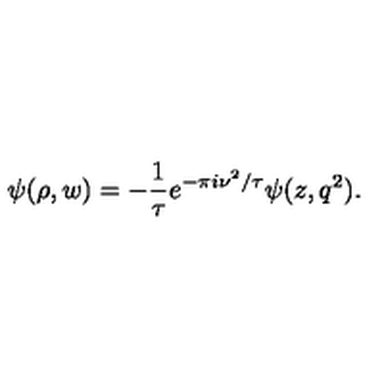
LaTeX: \psi ( \rho , w ) = - { \frac { 1 } { \tau } } e ^ { - \pi i \nu ^ { 2 } / \tau } \psi ( z , q ^ { 2 } ) .